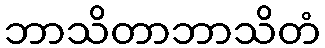
ဘာသိတာဘာသိတံ